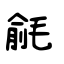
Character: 毹